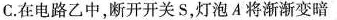
C.在电路乙中，断开开关S，灯泡A将渐渐变暗